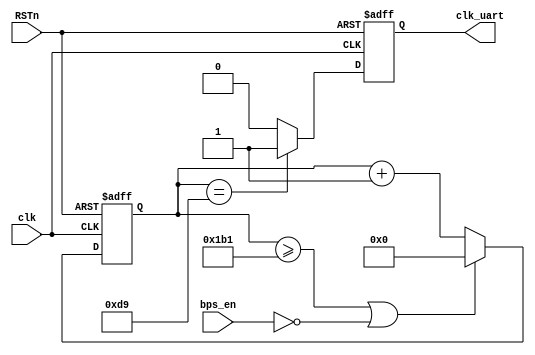

module clkuart_pwm 
	#( parameter BPS_PARA = 434 )
	(
	input bps_en,
	input clk,
	input RSTn,		
	output reg clk_uart	
);	
 
reg	[12:0] cnt = 0; 


always @ (posedge clk or negedge RSTn) begin
	if(~RSTn) cnt <= 13'b0;
	else if((cnt >= BPS_PARA-1)||(!bps_en)) cnt <= 13'b0;		
	else cnt <= cnt + 1'b1;
end

always @ (posedge clk or negedge RSTn) begin
	if(~RSTn) clk_uart <= 1'b0;
	else if(cnt == (BPS_PARA>>1)) clk_uart <= 1'b1;
	else clk_uart <= 1'b0;	
end
 
endmodule